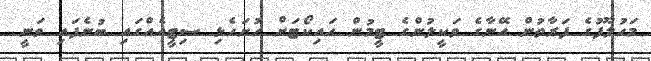
މަހުލޫފުގެ ފަރާތުން އޭނާގެ ވަކީލުންގެ ޓީމުން ހައިކޯޓަށް ހުށަހެޅި ސިޓީއެއްގައި ބުނެފައި ވަނީ